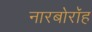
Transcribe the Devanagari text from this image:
नारबोरॉह